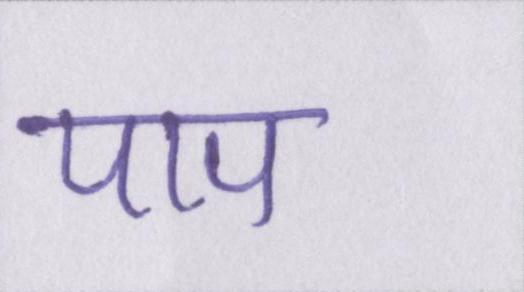
पाप